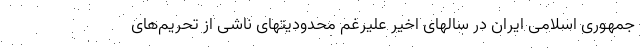
جمهوری اسلامی ایران در سالهای اخیر علیرغم محدودیتهای ناشی از تحریم‌های